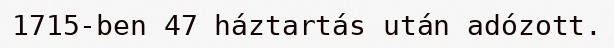
1715-ben 47 háztartás után adózott.